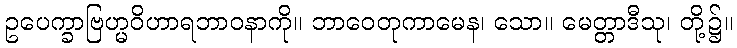
ဥပေက္ခာဗြဟ္မဝိဟာရဘာဝနာကို။ ဘာဝေတုကာမေန၊ သော။ မေတ္တာဒီသု၊ တို့၌။